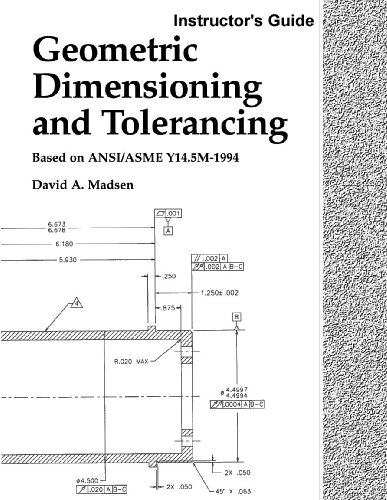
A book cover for Geometric Dimensioning and Tolerancing, Instructor's Guide; David A. Madsen; Engineering & Transportation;